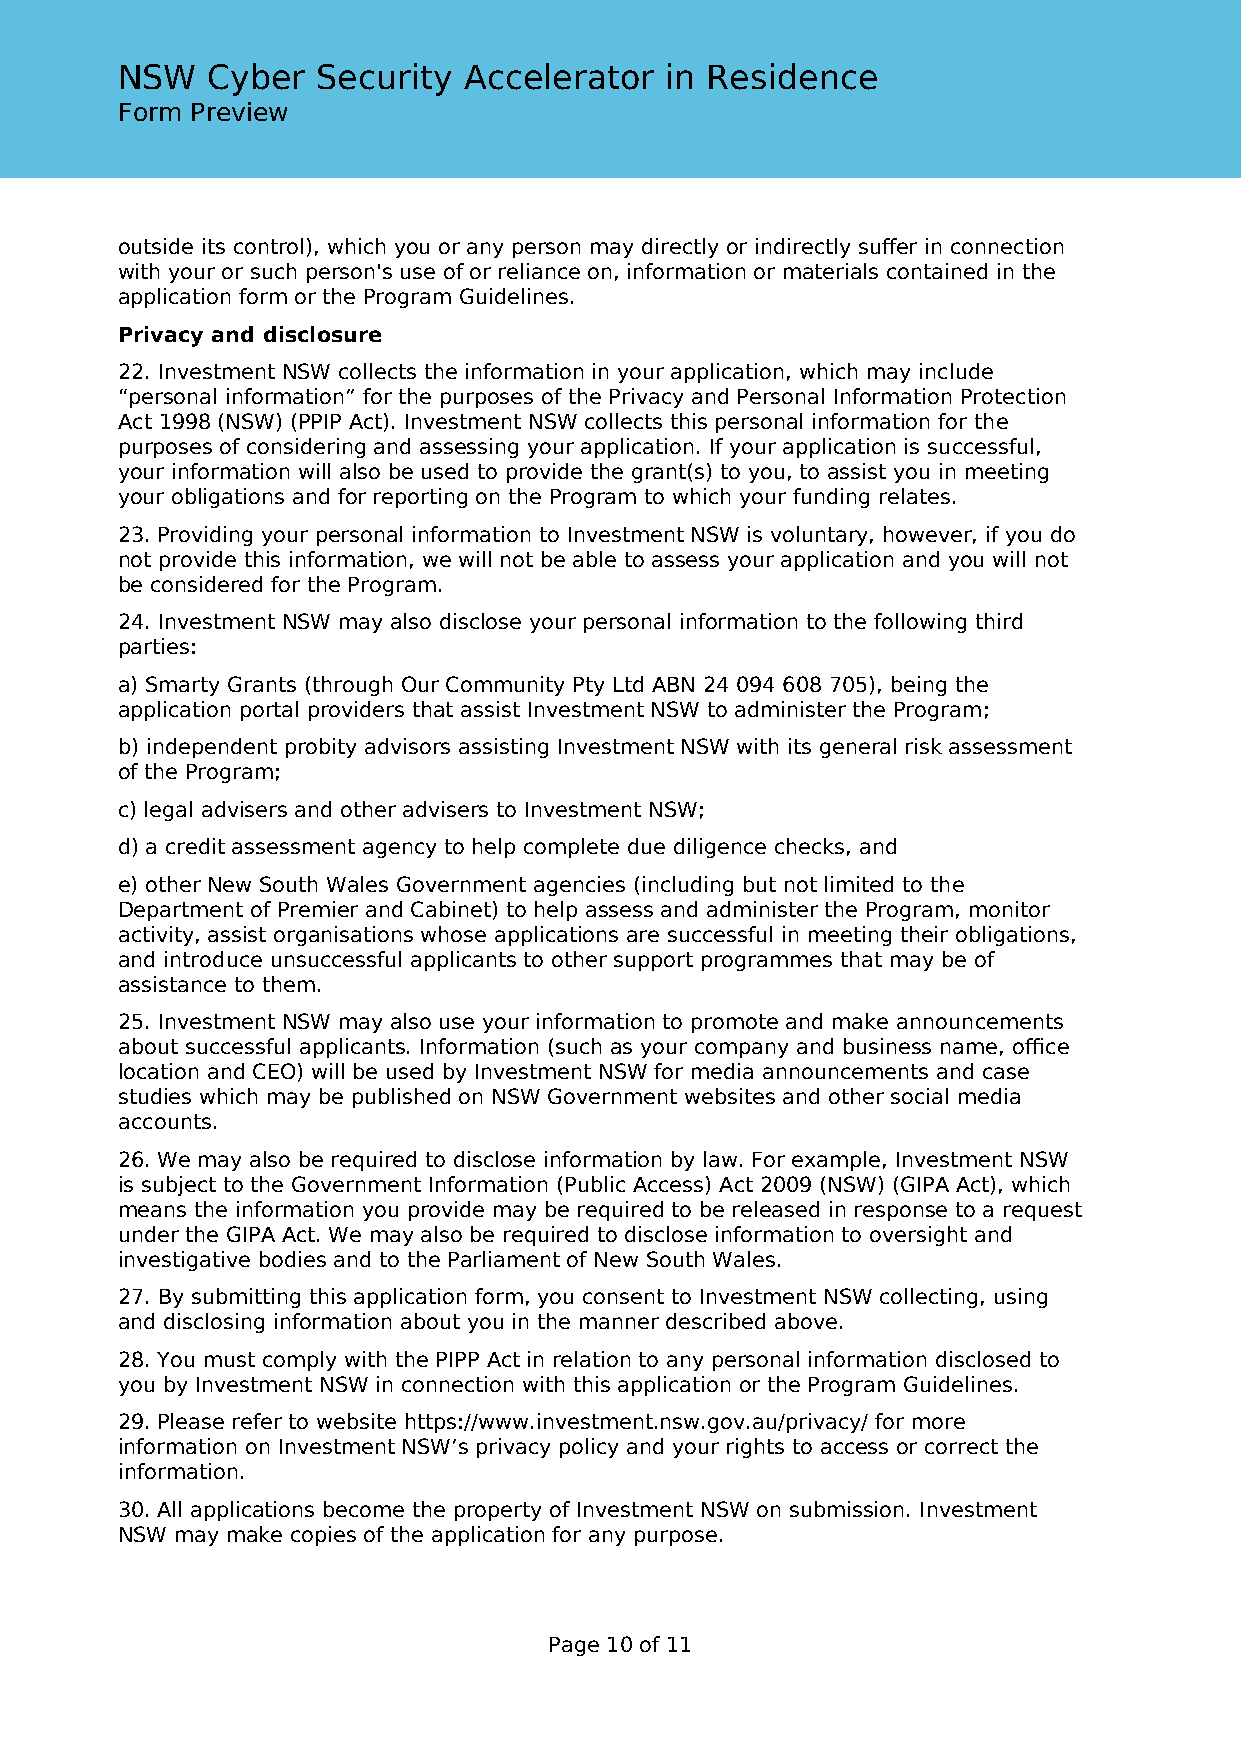
NSW   Cyber  Security  Accelerator  in Residence
 Form Preview
 outside its control), which you or any person may directly or indirectly suffer in connection
 with your or such person's use of or reliance on, information or materials contained in the
 application form or the Program Guidelines.
 Privacy and disclosure
 22. Investment NSW collects the information in your application, which may include
 “personal information” for the purposes of the Privacy and Personal Information Protection
 Act 1998 (NSW) (PPIP Act). Investment NSW collects this personal information for the
 purposes of considering and assessing your application. If your application is successful,
 your information will also be used to provide the grant(s) to you, to assist you in meeting
 your obligations and for reporting on the Program to which your funding relates.
 23. Providing your personal information to Investment NSW is voluntary, however, if you do
 not provide this information, we will not be able to assess your application and you will not
 be considered for the Program.
 24. Investment NSW may also disclose your personal information to the following third
 parties:
 a) Smarty Grants (through Our Community Pty Ltd ABN 24 094 608 705), being the
 application portal providers that assist Investment NSW to administer the Program;
 b) independent probity advisors assisting Investment NSW with its general risk assessment
 of the Program;
 c) legal advisers and other advisers to Investment NSW;
 d) a credit assessment agency to help complete due diligence checks, and
 e) other New South Wales Government agencies (including but not limited to the
 Department of Premier and Cabinet) to help assess and administer the Program, monitor
 activity, assist organisations whose applications are successful in meeting their obligations,
 and introduce unsuccessful applicants to other support programmes that may be of
 assistance to them.
 25. Investment NSW may also use your information to promote and make announcements
 about successful applicants. Information (such as your company and business name, office
 location and CEO) will be used by Investment NSW for media announcements and case
 studies which may be published on NSW Government websites and other social media
 accounts.
 26. We may also be required to disclose information by law. For example, Investment NSW
 is subject to the Government Information (Public Access) Act 2009 (NSW) (GIPA Act), which
 means the information you provide may be required to be released in response to a request
 under the GIPA Act. We may also be required to disclose information to oversight and
 investigative bodies and to the Parliament of New South Wales.
 27. By submitting this application form, you consent to Investment NSW collecting, using
 and disclosing information about you in the manner described above.
 28. You must comply with the PIPP Act in relation to any personal information disclosed to
 you by Investment NSW in connection with this application or the Program Guidelines.
 29. Please refer to website https://www.investment.nsw.gov.au/privacy/ for more
 information on Investment NSW’s privacy policy and your rights to access or correct the
 information.
 30. All applications become the property of Investment NSW on submission. Investment
 NSW may make copies of the application for any purpose.
 Page 10 of 11